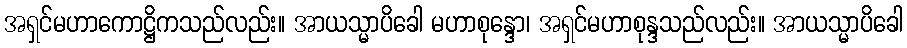
အရှင်မဟာကောဋ္ဌိကသည်လည်း။ အာယသ္မာပိခေါ မဟာစုန္ဒော၊ အရှင်မဟာစုန္ဒသည်လည်း။ အာယသ္မာပိခေါ